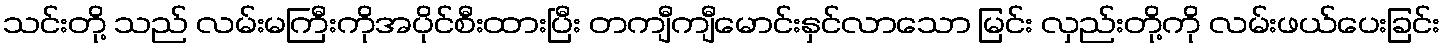
သင်းတို့ သည် လမ်းမကြီးကိုအပိုင်စီးထားပြီး တကျီကျီမောင်းနှင်လာသော မြင်း လှည်းတို့ကို လမ်းဖယ်ပေးခြင်း